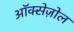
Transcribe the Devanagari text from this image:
ऑक्सेज़ोल